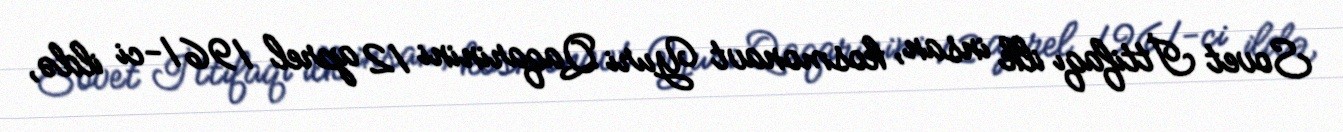
Sovet İttifaqı ilk insan, kosmonavt Yuri Qaqarinini 12 aprel 1961-ci ildə,